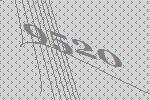
9520